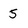
Character: 5